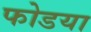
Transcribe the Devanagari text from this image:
फोडया